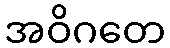
အဝိဂတေ